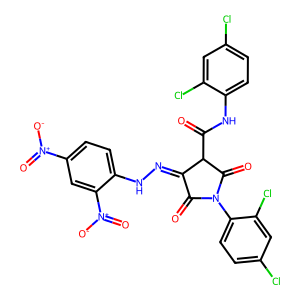
SMILES: O=C(Nc1ccc(Cl)cc1Cl)C1C(=O)N(c2ccc(Cl)cc2Cl)C(=O)C1=NNc1ccc([N+](=O)[O-])cc1[N+](=O)[O-]
Inhibits HIV replication: No